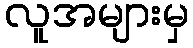
လူအများမှ